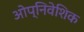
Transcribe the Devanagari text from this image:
ओप्निवेशिक